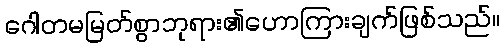
ဂေါတမမြတ်စွာဘုရား၏ဟောကြားချက်ဖြစ်သည်။